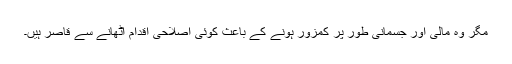
مگر وہ مالی اور جسمانی طور پر کمزور ہونے کے باعث کوئی اصلاحی اقدام اٹھانے سے قاصر ہیں۔